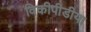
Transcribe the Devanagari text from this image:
विकीपीडीया